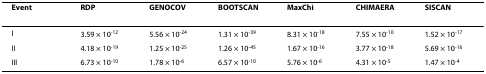
<table><thead><tr><td><b>Event</b></td><td><b>RDP</b></td><td><b>GENOCOV</b></td><td><b>BOOTSCAN</b></td><td><b>MaxChi</b></td><td><b>CHIMAERA</b></td><td><b>SISCAN</b></td></tr></thead><tbody><tr><td>I</td><td>3.59 × 10<sup>-12</sup></td><td>5.56 × 10<sup>-24</sup></td><td>1.31 × 10<sup>-39</sup></td><td>8.31 × 10<sup>-18</sup></td><td>7.55 × 10<sup>-10</sup></td><td>1.52 × 10<sup>-17</sup></td></tr><tr><td>II</td><td>4.18 × 10<sup>-19</sup></td><td>1.25 × 10<sup>-25</sup></td><td>1.26 × 10<sup>-45</sup></td><td>1.67 × 10<sup>-16</sup></td><td>3.77 × 10<sup>-18</sup></td><td>5.69 × 10<sup>-16</sup></td></tr><tr><td>III</td><td>6.73 × 10<sup>-10</sup></td><td>1.78 × 10<sup>-6</sup></td><td>6.57 × 10<sup>-10</sup></td><td>5.76 × 10<sup>-6</sup></td><td>4.31 × 10<sup>-5</sup></td><td>1.47 × 10<sup>-4</sup></td></tr></tbody></table>